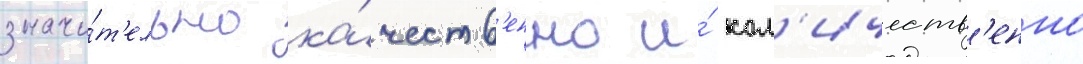
значи́т'ельно ка́честв'енно и́ кол'ичеств'енно